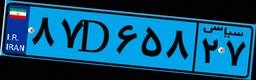
۷۱D۸۵۷۵۹